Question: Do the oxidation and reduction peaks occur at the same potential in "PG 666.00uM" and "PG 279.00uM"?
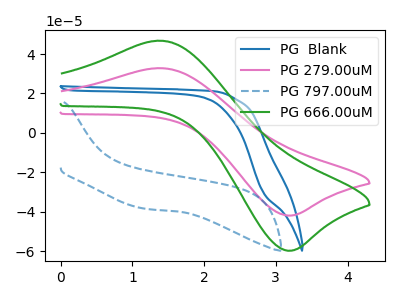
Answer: <think>The blue curve "PG  Blank" has no peaks. The pink curve "PG 279.00uM" has an anodic peak at (1.40V, 32.80uA) and a cathodic peak at (3.20V, -41.95uA). The blue dashed curve "PG 797.00uM" has no peaks. The green curve "PG 666.00uM" has an anodic peak at (1.40V, 46.75uA) and a cathodic peak at (3.20V, -59.75uA).</think>
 <answer>Yes, "PG 666.00uM" have a peak in "PG 279.00uM" at the same potential.</answer>
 <eval>match</eval>